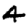
Digit: 4